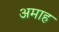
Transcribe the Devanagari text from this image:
अमाह